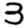
Digit: 3